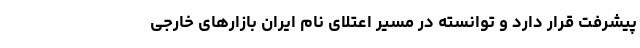
پیشرفت قرار دارد و توانسته در مسیر اعتلای نام ایران بازارهای خارجی